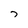
Character: 7